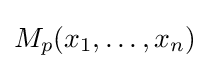
M_{p}(x_{1},\dots ,x_{n})